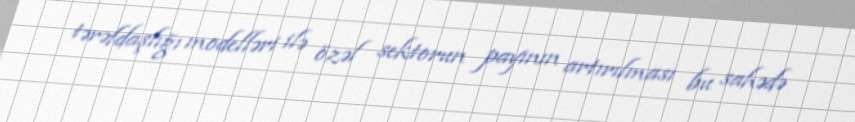
tərəfdaşlığı modelləri ilə özəl sektorun payının artırılması bu sahədə